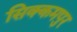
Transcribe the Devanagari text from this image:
सिक्कमपुर